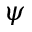
\psi